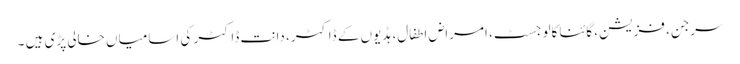
سرجن، فزیشن، گائناکالوجسٹ، امراض اطفال، ہڈیوں کے ڈاکٹر، دانت ڈاکٹر کی اسامیاں خالی پڑی ہیں ۔